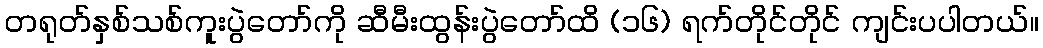
တရုတ်နှစ်သစ်ကူးပွဲတော်ကို ဆီမီးထွန်းပွဲတော်ထိ (၁၆) ရက်တိုင်တိုင် ကျင်းပပါတယ်။